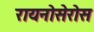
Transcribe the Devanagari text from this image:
रायनोसेरोस